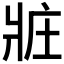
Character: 𤕸